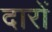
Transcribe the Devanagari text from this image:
दारों